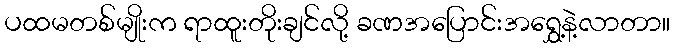
ပထမတစ်မျိုးက ရာထူးတိုးချင်လို့ ခဏအပြောင်းအရွှေ့နဲ့လာတာ။